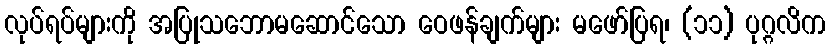
လုပ်ရပ်များကို အပြုသဘောမဆောင်သော ဝေဖန်ချက်များ မဖော်ပြရ၊ (၁၁) ပုဂ္ဂလိက